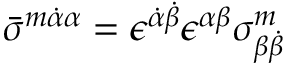
\bar { \sigma } ^ { m \dot { \alpha } \alpha } = \epsilon ^ { \dot { \alpha } \dot { \beta } } \epsilon ^ { \alpha \beta } \sigma _ { \beta \dot { \beta } } ^ { m } \mathrm { ~ }